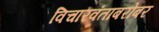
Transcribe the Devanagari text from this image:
विचारवंताबरोबर